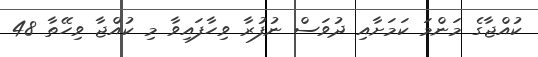
ކުއްޖާގެ މަންމަ ކަމަށާއި ދުވަސް ނުފުރާ ވިހާފައިވާ މި ކުއްޖާ ވިހޭތާ 48